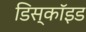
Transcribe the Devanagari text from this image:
डिस्कॉइड